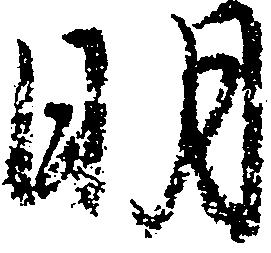
明